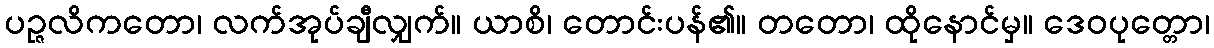
ပဉ္ဇလိကတော၊ လက်အုပ်ချီလျှက်။ ယာစိ၊ တောင်းပန်၏။ တတော၊ ထိုနောင်မှ။ ဒေဝပုတ္တော၊